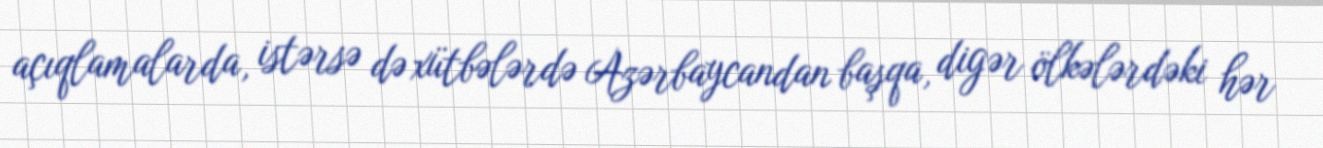
açıqlamalarda, istərsə də xütbələrdə Azərbaycandan başqa, digər ölkələrdəki hər